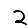
Digit: 2